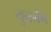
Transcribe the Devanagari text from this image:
युनमेंग